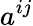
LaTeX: a^{ij}